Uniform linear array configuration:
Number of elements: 32
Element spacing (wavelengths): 0.5
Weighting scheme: binomial
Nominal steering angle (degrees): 45
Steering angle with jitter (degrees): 45.405
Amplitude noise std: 0.05
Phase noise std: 0.05

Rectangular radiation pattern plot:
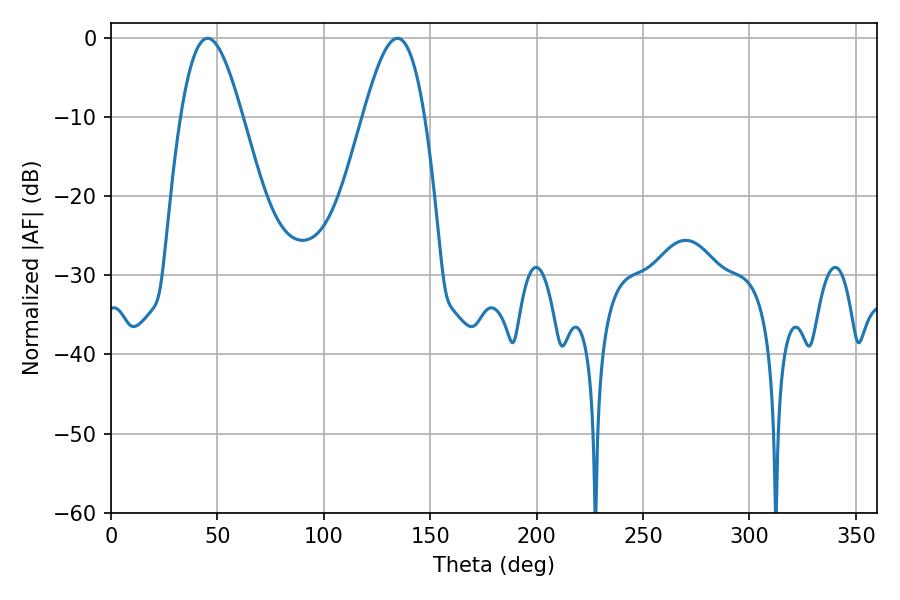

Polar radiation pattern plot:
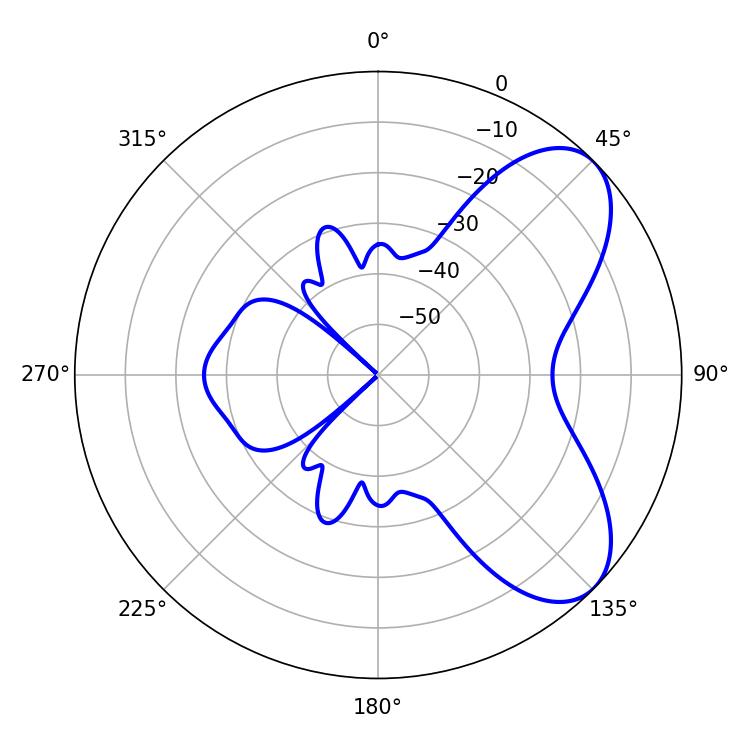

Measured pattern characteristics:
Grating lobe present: FALSE
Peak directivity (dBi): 6.683
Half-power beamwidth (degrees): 15.48
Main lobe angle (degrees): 45.36